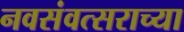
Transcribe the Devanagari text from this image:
नवसंवत्सराच्या